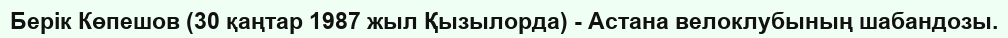
Берік Көпешов (30 қаңтар 1987 жыл Қызылорда) - Астана велоклубының шабандозы.